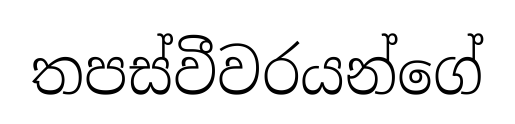
තපස්වීවරයන්ගේ